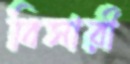
বিসারী